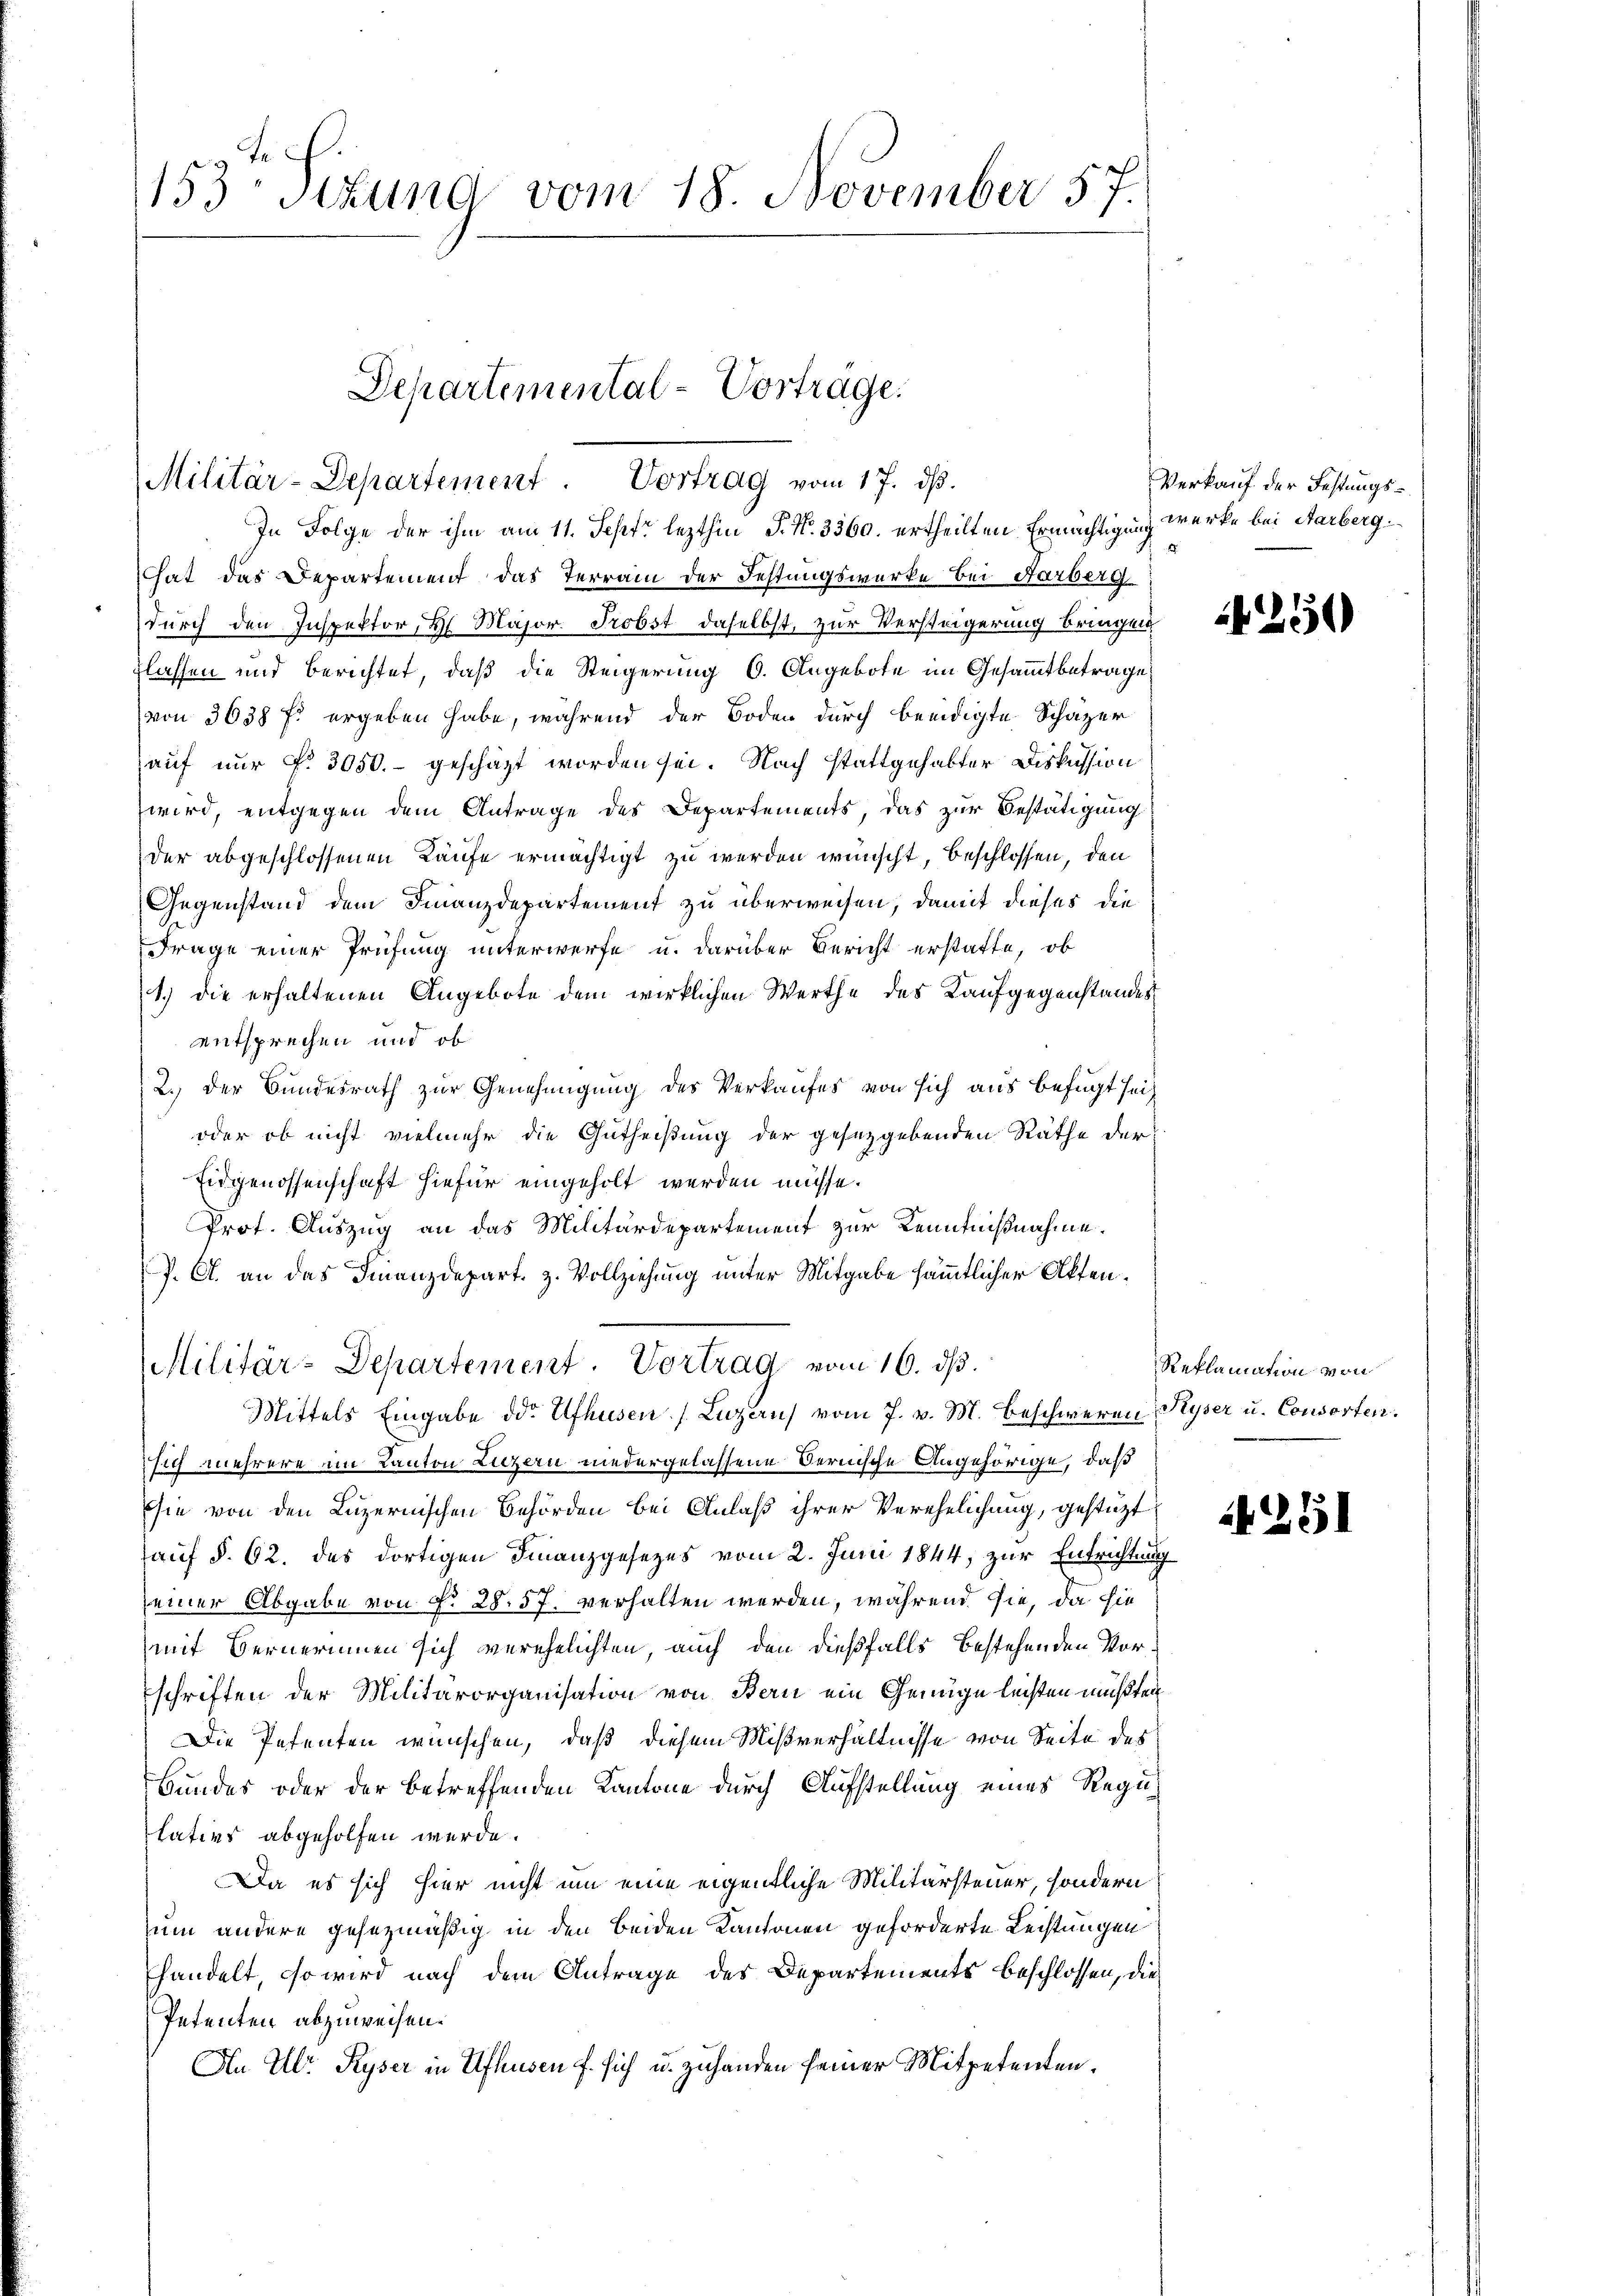
153 Stund vom 18. November 57.

Departemental-Vortrage.
Militär-Departement. Vortrag vom 17. ds.
In Folge der ihm am 11. Sept. lezthin P. Nr. 3560. ertheilten Ermächtigung werke bei Farberg.

hat das Departement das Terrain der Festungswerke bei Harberg
durch den Inspektor, H. Major. Probst daselbst, zur Versteigerung bringen
flassen und Berichtet, daß die Steigerung 6. Angebote im Gesammtbetrage,
von 3638 f. ergeben habe, während der Boden durch beeidigte Schäzer
auf nur No. 3050.- geschäzt worden sei. Nach stattgehabter Diskussion
wird, entgegen dem Antrage des Departements, das zur Bestätigung
der abgeschlossenen Laufe ermächtigt zu werden wünscht, beschlossen, den
Gegenstand dem Finanzdepartement zu überweisen, damit dieses die
Frage einer Prüfung unterwerfe u. darüber Bericht erstatte, ob
1.) die erhaltenen Angebote dem wirklichen Werthe des Kaufgegenstandes
entsprechen und ob
2.) Der Bundesrath zur Genehmigung des Verkaufes von sich aus befugt sei
oder ob nicht vielmehr die Gutheißung der gesetzgebenden Räthe der
Eidgenossenschaft hiefür eingeholt werden müsse.
Prot. Auszug an das Militärdepartement zur Kenntnißnahme.
P. A. an das Finanzdepart. z. Vollziehung unter Mitgabe sämmtlicher Akten¬
Militär-Departement. Vortrag vom 16. ds.
Mittels Eingabe der Ufhusen (Luzaus vom 7. v. M. beschweren Ryser u. Consorten.
sich mehrere im Kanton Luzern niedergelassene Bernische Angehörige, daß
sie von den Luzernischen Behörden bei Anlaß ihrer Verehelichung, gestützt
auf §. 62. des dortigen Finanzgesezes vom 2. Juni 1844, zur Entrichtung
seiner Abgabe von No 28. 57. verhalten werden, während sie, da sie
mit Bernerinnen sich verehelichten, auch den dießfalls bestehenden Vorschriften der Militärorganisation von Bern ein Genüge leisten müßten
Die Petenten wünschen, daß diesem Mißverhältnisse von Seite des
Bundes oder der betreffenden Kantone durch Aufstellung eines Regilativs abgeholfen werde.
Da es sich hier nicht um eine eigentliche Militärsteuer, sondern
zum andere gesezmäßig in den beiden Kantonen geforderte Leistungen
handelt, so wird nach dem Antrage des Departements beschlossen, die
Petenten abzuweisen.
An Ulr. Ryser in Ufhusen f. sich u. zuhanden seiner Mitpetenten.

Verkauf der Festungs¬

24 25)

Reklamation von

1291